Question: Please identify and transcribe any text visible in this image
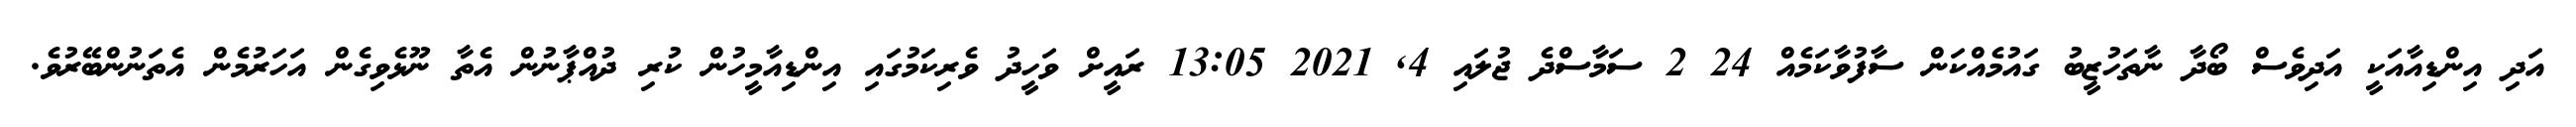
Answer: އަދި އިންޑިއާއަކީ އަދިވެސް ބޯދާ ނާތަހުޒީބު ގައުމެއްކަން ސާފުވާކަމެއް 24 2 ސަމާސްދެ ޖުލައި 4, 2021 13:05 ރައީށް ވަހީދު ވެރިކަމުގައި އިންޑިއާމީހުން ކުރި ދުއްޕާނުން އެތާ ނޫޅެވިގެން އަހަރުމެން އެތަނުންބޭރުވެ.